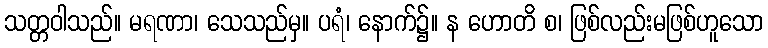
သတ္တဝါသည်။ မရဏာ၊ သေသည်မှ။ ပရံ၊ နောက်၌။ န ဟောတိ စ၊ ဖြစ်လည်းမဖြစ်ဟူသော